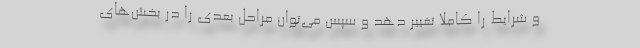
و شرایط را کاملاً تغییر دهد و سپس می‌توان مراحل بعدی را در بخش‌های